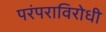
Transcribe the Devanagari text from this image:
परंपराविरोधी